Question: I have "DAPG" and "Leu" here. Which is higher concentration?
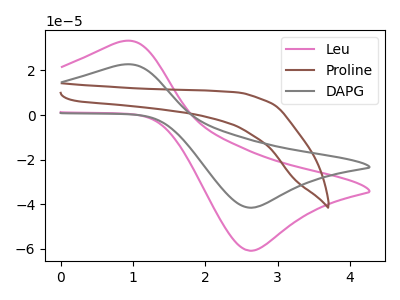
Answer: <think>The pink curve "Leu" has an anodic peak at (0.85V, 33.15uA) and a cathodic peak at (2.65V, -60.90uA). The brown curve "Proline" has no peaks. The gray curve "DAPG" has an anodic peak at (0.85V, 22.65uA) and a cathodic peak at (2.65V, -41.60uA).
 All the peaks in "DAPG" have a peak in "Leu" at the same potential. Every peak in "DAPG" is lower than every peak in "Leu".</think>
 <answer>"DAPG" has less signal than "Leu" and so likely has a lower concentration.</answer>
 <eval>less_concentration</eval>